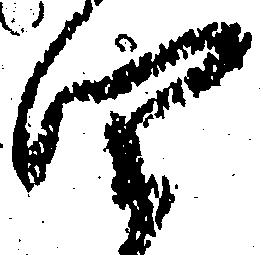
四